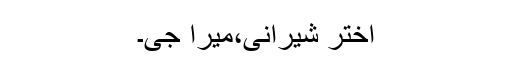
اختر شیرانی،میرا جی۔